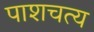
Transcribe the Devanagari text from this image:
पाशचत्य